[Report on the health of British troops in the Madras command]
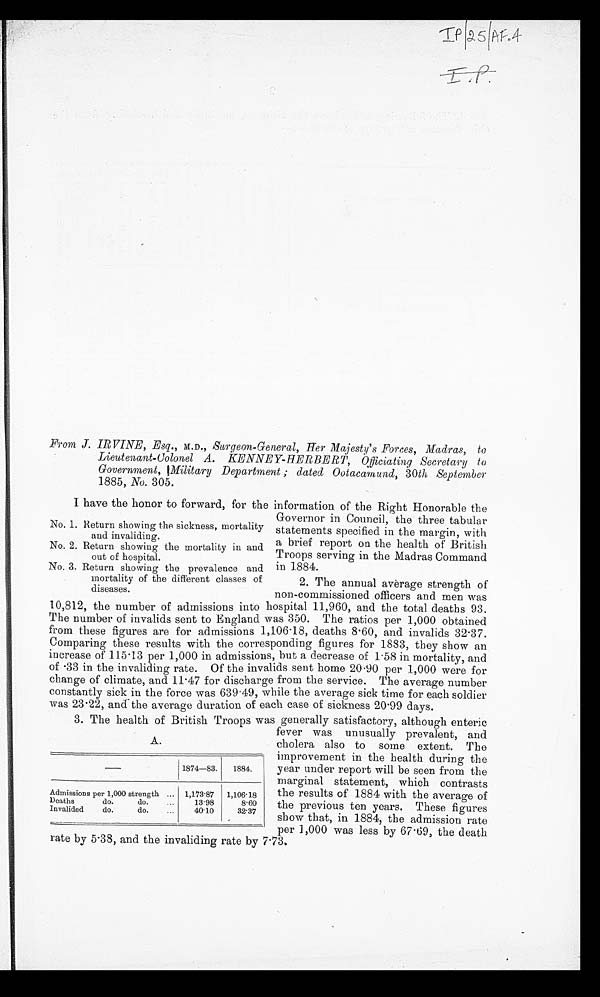
From J. IRVINE, Esq., M.D., Surgeon-General, Her Majesty's Forces, Madras, to
Lieutenant-Colonel A. KENNEY-HERBERT, Officiating Secretary to
Government, Military Department; dated Ootacamund, 30th September
1885, No. 305.
I have the honor to forward, for the information of the Right Honorable the
Governor in Council, the three tabular
statements specified in the margin, with
a brief report on the health of British
Troops serving in the Madras Command
in 1884.
2. The annual average strength of
non-commissioned officers and men was
10,812, the number of admissions into hospital 11,960, and the total deaths 93.
The number of invalids sent to England was 350. The ratios per 1,000 obtained
from these figures are for admissions 1,106.18, deaths 8.60, and invalids 32.37.
Comparing these results with the corresponding figures for 1883, they show an
increase of 115.13 per 1,000 in admissions, but a decrease of 1.58 in mortality, and
of .33 in the invaliding rate. Of the invalids sent home 20.90 per 1,000 were for
change of climate, and 11.47 for discharge from the service. The average number
constantly sick in the force was 639.49, while the average sick time for each soldier
was 23.22, and the average duration of each case of sickness 20.99 days.
3. The health of British Troops was generally satisfactory, although enteric
fever was unusually prevalent, and
cholera also to some extent. The
improvement in the health during the
year under report will be seen from the
marginal statement, which contrasts
the results of 1884 with the average of
the previous ten years. These figures
show that, in 1884, the admission rate
per 1,000 was less by 67 . 69, the death
rate by 5.38, and the invaliding rate by 7.73.
No. 1. Return showing the sickness, mortality
and invaliding.
No. 2. Return showing the mortality in and
out of hospital.
No. 3. Return showing the prevalence and
mortality of the different classes of
diseases.
A.
1874—83. 1884.
Admissions per 1,000 strength
1,173.87 1,106.18
Deaths do. do.
13.98
8.60
Invalided do. do.
40.10
32.37